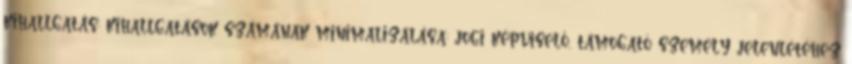
kihallgatás; kihallgatások számának minimalizálása; jogi képviselő, támogató személy jelenlétéhez